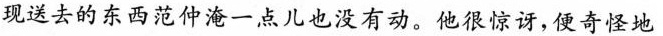
现送去的东西范仲淹一点儿也没有动。他很惊讶，便奇怪地